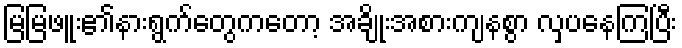
မြမြဖူး၏နားရွက်တွေကတော့ အချိုးအစားကျနစွာ လှပနေကြပြီး